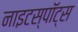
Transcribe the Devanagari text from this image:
नाइटस्पॉट्स